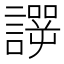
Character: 𰵆